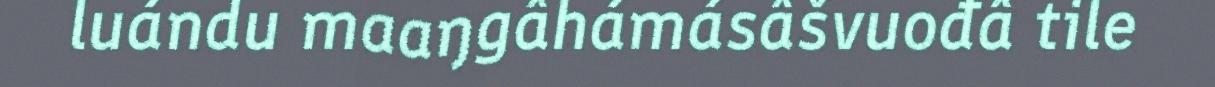
luándu maaŋgâhámásâšvuođâ tile